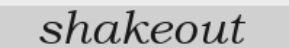
shakeout